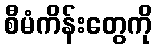
စီမံကိန်းတွေကို